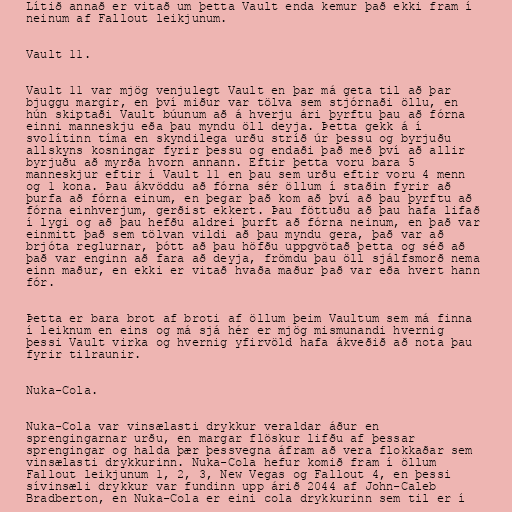
Lítið annað er vitað um þetta Vault enda kemur það ekki fram í
neinum af Fallout leikjunum.

Vault 11.

Vault 11 var mjög venjulegt Vault en þar má geta til að þar
bjuggu margir, en því miður var tölva sem stjórnaði öllu, en
hún skiptaði Vault búunum að á hverju ári þyrftu þau að fórna
einni manneskju eða þau myndu öll deyja. Þetta gekk á í
svolítinn tíma en skyndilega urðu stríð úr þessu og byrjuðu
allskyns kosningar fyrir þessu og endaði það með því að allir
byrjuðu að myrða hvorn annann. Eftir þetta voru bara 5
manneskjur eftir í Vault 11 en þau sem urðu eftir voru 4 menn
og 1 kona. Þau ákvöddu að fórna sér öllum í staðin fyrir að
þurfa að fórna einum, en þegar það kom að því að þau þyrftu að
fórna einhverjum, gerðist ekkert. Þau föttuðu að þau hafa lifað
í lygi og að þau hefðu aldrei þurft að fórna neinum, en það var
einmitt það sem tölvan vildi að þau myndu gera, það var að
brjóta reglurnar, þótt að þau höfðu uppgvötað þetta og séð að
það var enginn að fara að deyja, frömdu þau öll sjálfsmorð nema
einn maður, en ekki er vitað hvaða maður það var eða hvert hann
fór.

Þetta er bara brot af broti af öllum þeim Vaultum sem má finna
í leiknum en eins og má sjá hér er mjög mismunandi hvernig
þessi Vault virka og hvernig yfirvöld hafa ákveðið að nota þau
fyrir tilraunir.

Nuka-Cola.

Nuka-Cola var vinsælasti drykkur veraldar áður en
sprengingarnar urðu, en margar flöskur lifðu af þessar
sprengingar og halda þær þessvegna áfram að vera flokkaðar sem
vinsælasti drykkurinn. Nuka-Cola hefur komið fram í öllum
Fallout leikjunum 1, 2, 3, New Vegas og Fallout 4, en þessi
sívinsæli drykkur var fundinn upp árið 2044 af John-Caleb
Bradberton, en Nuka-Cola er eini cola drykkurinn sem til er í